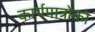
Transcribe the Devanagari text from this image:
कार्यपात्रोको